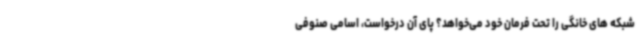
شبکه های خانگی را تحت فرمان خود می‌خواهد؟ پای آن درخواست، اسامی صنوفی